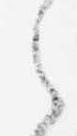
之